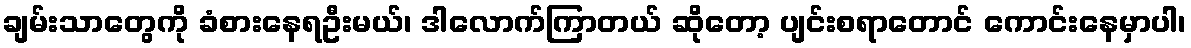
ချမ်းသာတွေကို ခံစားနေရဦးမယ်၊ ဒါလောက်ကြာတယ် ဆိုတော့ ပျင်းစရာတောင် ကောင်းနေမှာပါ၊